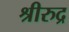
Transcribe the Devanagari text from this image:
श्रीरुद्र